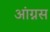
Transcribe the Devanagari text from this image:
आंग्नस